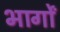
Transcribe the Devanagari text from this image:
भार्गों